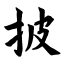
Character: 披